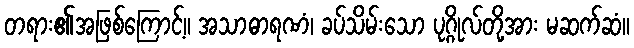
တရား၏အဖြစ်ကြောင့်။ အသာဓာရဏံ၊ ခပ်သိမ်းသော ပုဂ္ဂိုလ်တို့အား မဆက်ဆံ။